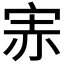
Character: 𡨁